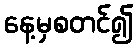
နေ့မှစတင်၍